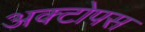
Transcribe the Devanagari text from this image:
अक्टोपस